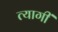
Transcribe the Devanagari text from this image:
त्यागीं